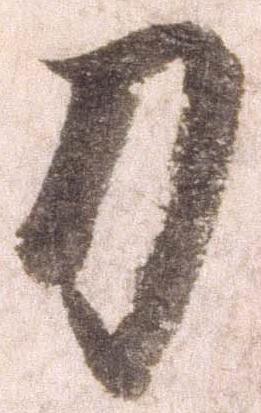
刀